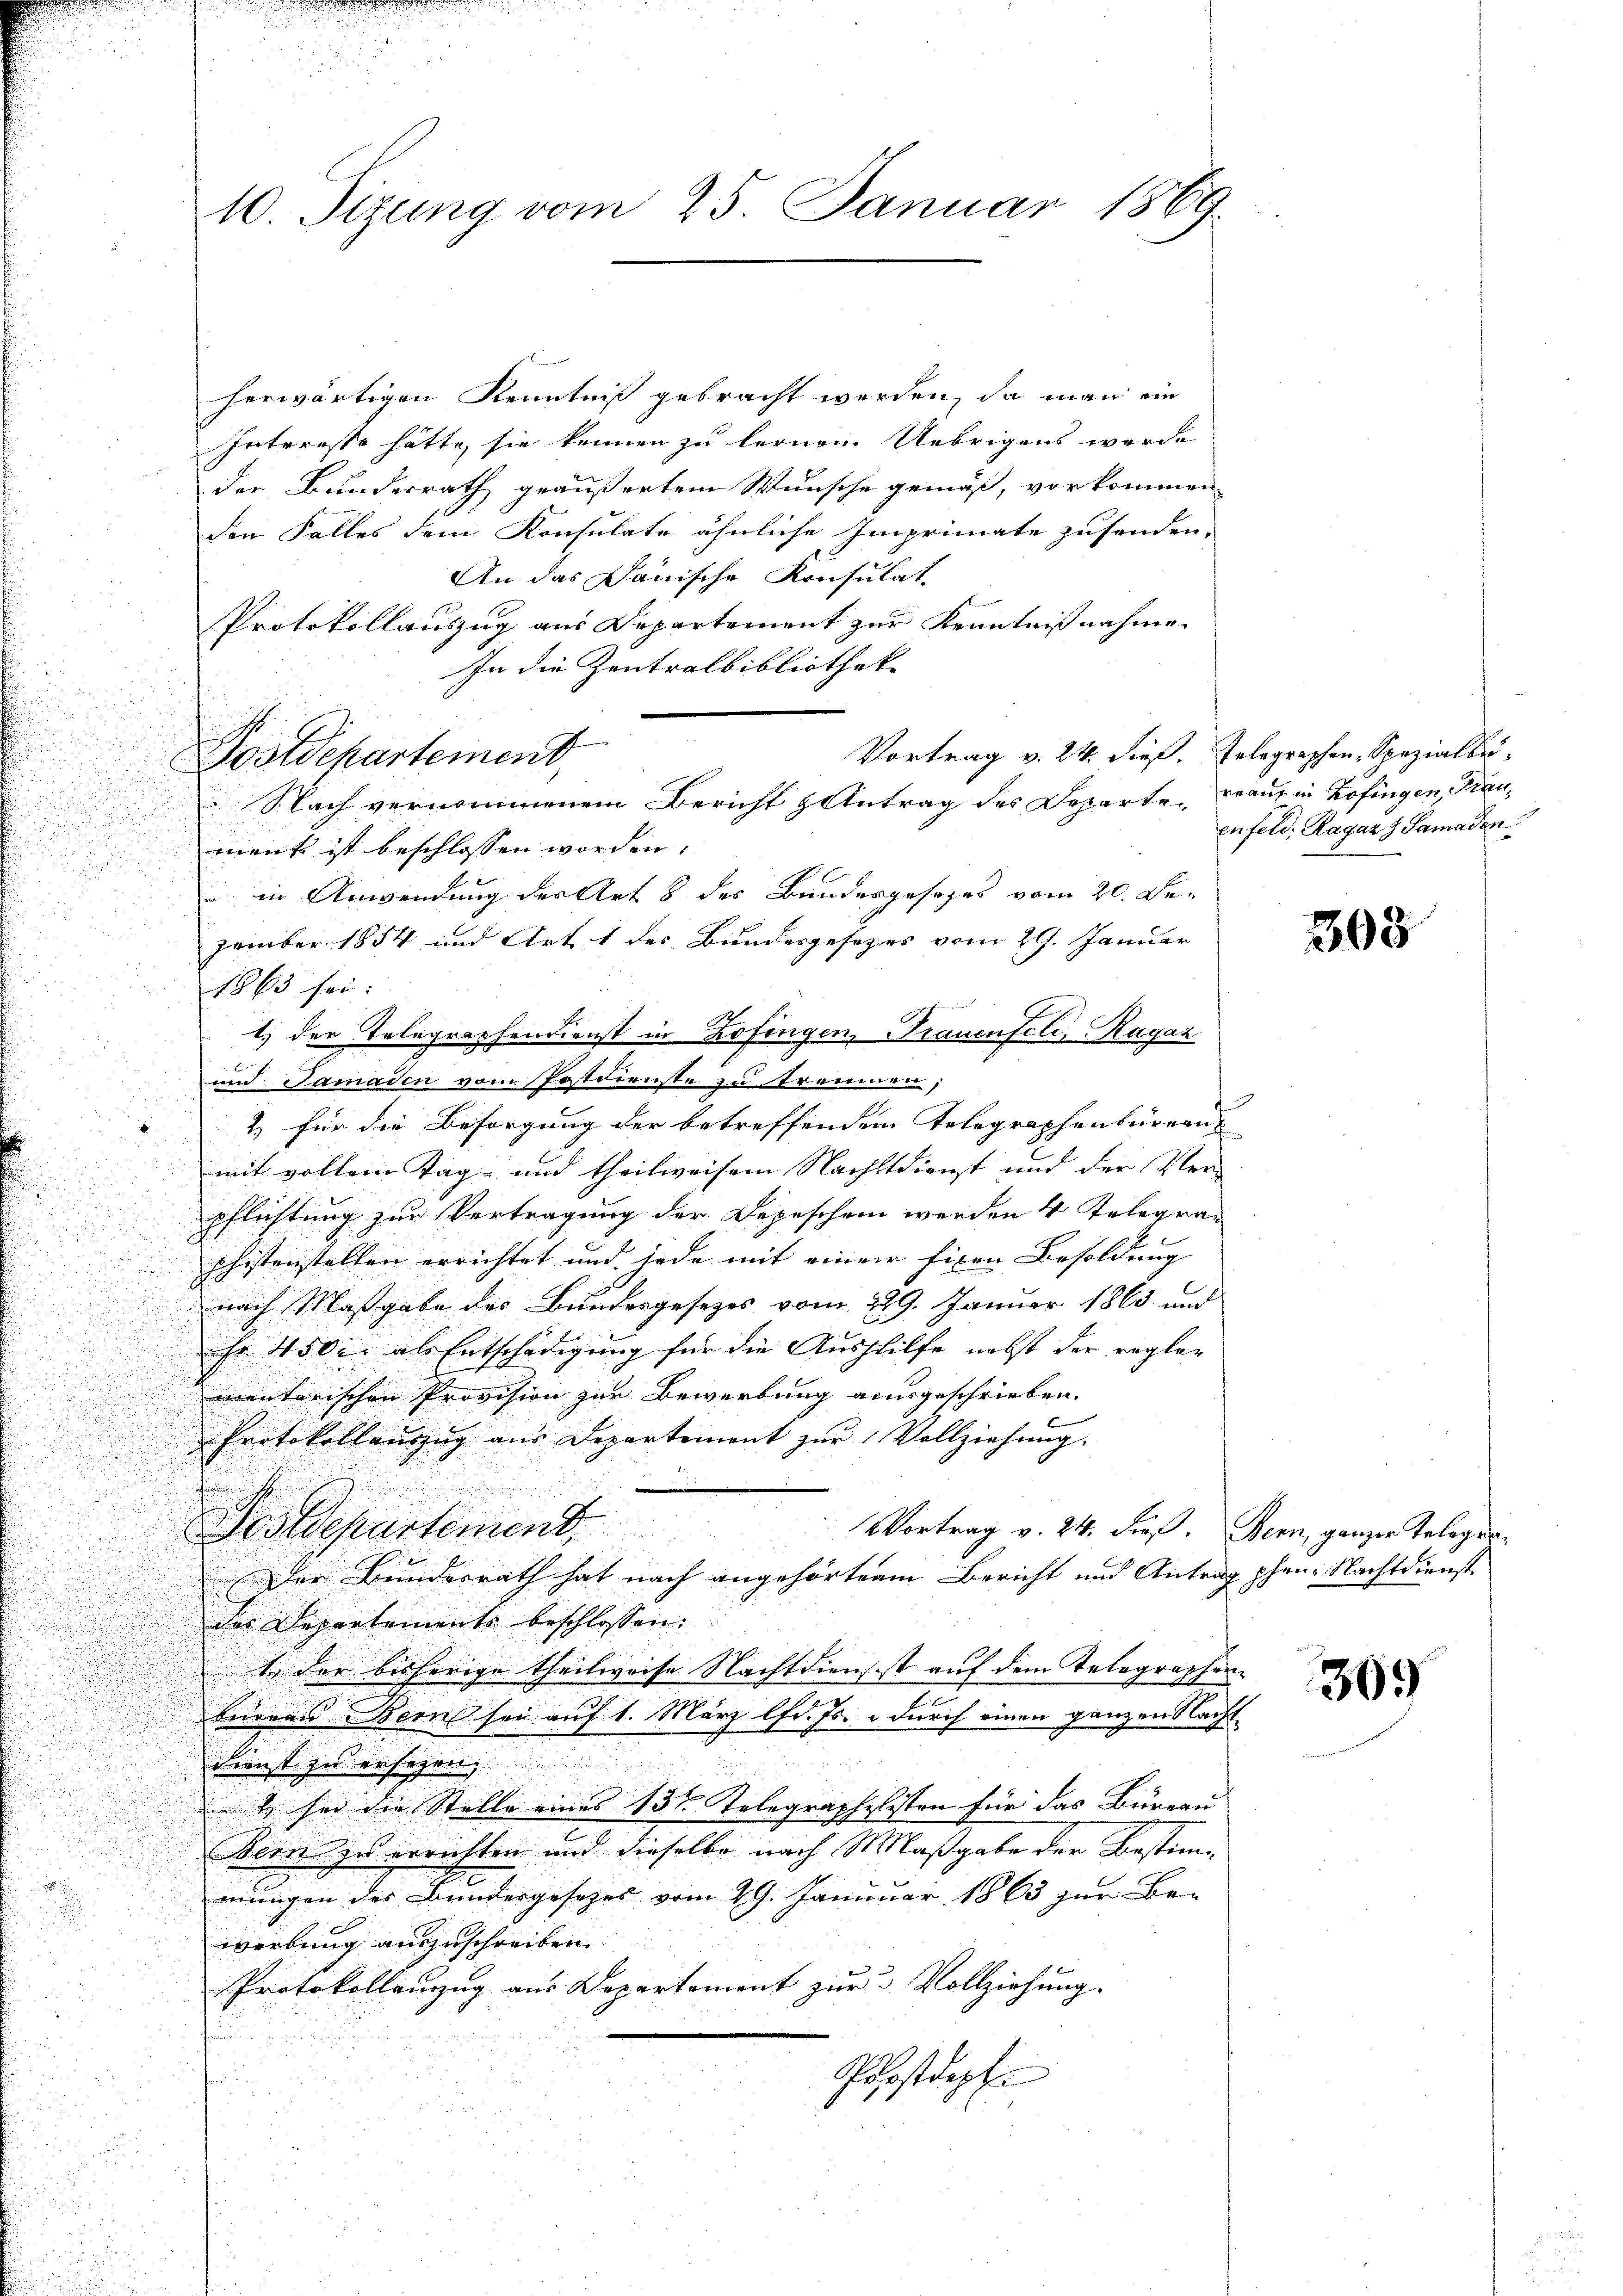
herwärtigen Kenntniß gebracht werden, da man ein
Interesse hätte, sie kennen zu fernen Uebrigens werde |
der Bundesrath geäußertem Wunsche gemäß, vorkommen-
den Falles dem Konsulate ähnliche Imprimate zusenden,
An das Janische Konsulat,
Protokollauszug aus Departement zur Kenntnißnahme
In die Zentralbibliothek- |
Vortrag v. 24. dieß. Gelegraphen, Spezialbe¬
u
u
ment ist beschlossen worden.

 in Anwendung der Art 8 des Bundergesezes vom 20. Dei
zember 1854 und Art. 1 des Bundesgesetzes vom 29. Januar

1863 sei:
1) der Telegraphendienst in Zofingen, Trauenfeli, Ragaz
und Samaden vom Postdienste zu treuen
2) für die Besorgung der betreffendem Telegraphenbüreaus
mit vollem Tag und theilweisen Nachstdienst und der Ver- |
g
.
u
pflichtung zur Vertragung der Depeschen werden 4 Telegran
d
phistenstellen errichtet und jede mit einem fixen Besoldung |
nach Maßgabe des Bundesgesezes vom 229. Januar 1863 und
Fr. 4500. als Entschädigung für die Aushilfe nebst der regler
mentarischen Provision zur Bewerbung ausgeschrieben.
Protokollauszug aus Departement zur Vollziehung.
e
VVortrag v. 24. dieß. Bern, ganzen Telegra¬
Postdepartement.
Der Bundesrath hat nach angehörterm Bericht und Antrag phen. Nachtdienst
das Departements beschlossen:
1 der bisherige Theilweise Nachtdiensist auf dem Telegraphen-
brionen Bern sei auf 1. März lfd. Js. & durch einen ganzen Nacht¬
Dienst zu ersezen,
2 sei die Stelle eines 13t Telegraphilisten für das Büreau
Bern zu errichten und dieselbe nach Maßgabe der Bestim¬

mungen des Bundesgesezes vom 29. Januar 1863 zur Be-
werbung auszuschreiben.
Protokollenzzug aus Departement zur Vollziehung.
Postdept.

10. Sizung vom 25. Januar 1869.

Postdepartement,

Nach vernommenem Bericht Antrag des Departe Frauf in Zofingen, Trau¬

enfeld, Ragaz G. Samaden

308

369